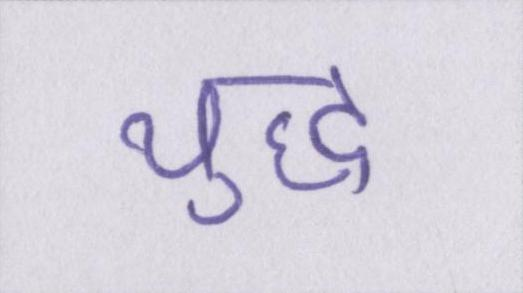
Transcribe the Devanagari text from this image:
युद्ध